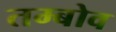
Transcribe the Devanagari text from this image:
तम्बोव